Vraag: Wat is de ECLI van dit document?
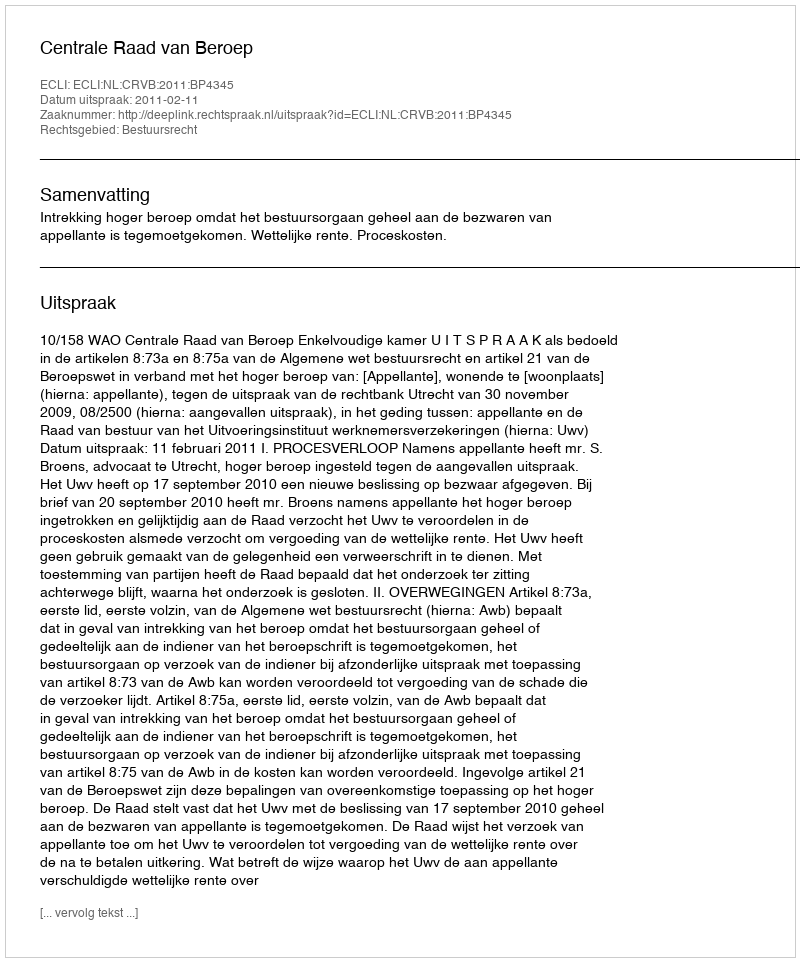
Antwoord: ECLI:NL:CRVB:2011:BP4345